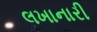
લખાનારી